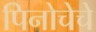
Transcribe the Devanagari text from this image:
पिनोचेचे